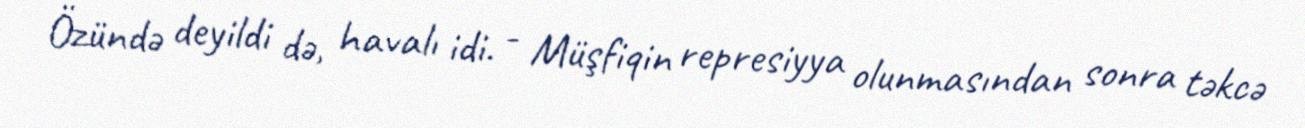
Özündə deyildi də, havalı idi. - Müşfiqin represiyya olunmasından sonra təkcə